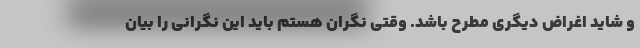
و شاید اغراض دیگری مطرح باشد. وقتی نگران هستم باید این نگرانی را بیان